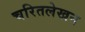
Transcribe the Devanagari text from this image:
चरितलेखन